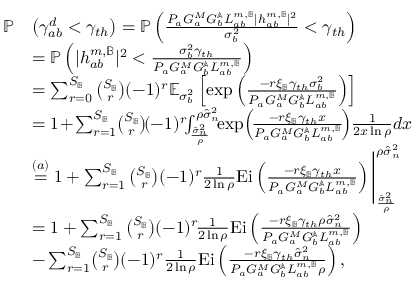
\begin{array} { r l } { \mathbb { P } } & { \left( \gamma _ { a b } ^ { d } < \gamma _ { t h } \right) = \mathbb { P } \left( \frac { P _ { a } G _ { a } ^ { M } G _ { b } ^ { \mathbb { A } } L _ { a b } ^ { m , \mathbb { B } } | { h } _ { a b } ^ { m , \mathbb { B } } | ^ { 2 } } { \sigma _ { b } ^ { 2 } } < \gamma _ { t h } \right) } \\ & { = \mathbb { P } \left( | { h } _ { a b } ^ { m , \mathbb { B } } | ^ { 2 } < \frac { \sigma _ { b } ^ { 2 } \gamma _ { t h } } { P _ { a } G _ { a } ^ { M } G _ { b } ^ { \mathbb { A } } L _ { a b } ^ { m , \mathbb { B } } } \right) } \\ & { = \sum _ { r = 0 } ^ { S _ { \mathbb { B } } } \binom { S _ { \mathbb { B } } } { r } ( - 1 ) ^ { r } \mathbb { E } _ { \sigma _ { b } ^ { 2 } } \left[ \exp \left( { \frac { - r \xi _ { \mathbb { B } } \gamma _ { t h } \sigma _ { b } ^ { 2 } } { P _ { a } G _ { a } ^ { M } G _ { b } ^ { \mathbb { A } } L _ { a b } ^ { m , \mathbb { B } } } } \right) \right] } \\ & { = 1 \! + \! \sum _ { r = 1 } ^ { S _ { \mathbb { B } } } \! \binom { S _ { \mathbb { B } } } { r } \! ( - 1 ) ^ { r } \! \! \int _ { \frac { \hat { \sigma } _ { n } ^ { 2 } } { \rho } } ^ { \rho \hat { \sigma } _ { n } ^ { 2 } } \! \! \exp \! \left( \! { \frac { - r \xi _ { \mathbb { B } } \gamma _ { t h } x } { P _ { a } G _ { a } ^ { M } G _ { b } ^ { \mathbb { A } } L _ { a b } ^ { m , \mathbb { B } } } } \! \right) \! \frac { 1 } { 2 x \ln { \rho } } d x } \\ & { \overset { ( a ) } { = } 1 + \sum _ { r = 1 } ^ { S _ { \mathbb { B } } } \binom { S _ { \mathbb { B } } } { r } ( - 1 ) ^ { r } \frac { 1 } { 2 \ln { \rho } } \mathrm { E i } \left( { \frac { - r \xi _ { \mathbb { B } } \gamma _ { t h } x } { P _ { a } G _ { a } ^ { M } G _ { b } ^ { \mathbb { A } } L _ { a b } ^ { m , \mathbb { B } } } } \right) \Bigg | _ { \frac { \hat { \sigma } _ { n } ^ { 2 } } { \rho } } ^ { \rho \hat { \sigma } _ { n } ^ { 2 } } } \\ & { = 1 + \sum _ { r = 1 } ^ { S _ { \mathbb { B } } } \binom { S _ { \mathbb { B } } } { r } ( - 1 ) ^ { r } \! \frac { 1 } { 2 \ln { \rho } } \mathrm { E i } \left( { \frac { - r \xi _ { \mathbb { B } } \gamma _ { t h } \rho \hat { \sigma } _ { n } ^ { 2 } } { P _ { a } G _ { a } ^ { M } G _ { b } ^ { \mathbb { A } } L _ { a b } ^ { m , \mathbb { B } } } } \right) } \\ & { - \sum _ { r = 1 } ^ { S _ { \mathbb { B } } } \! \binom { S _ { \mathbb { B } } } { r } ( - 1 ) ^ { r } \frac { 1 } { 2 \ln { \rho } } \mathrm { E i } \left( { \frac { - r \xi _ { \mathbb { B } } \gamma _ { t h } \hat { \sigma } _ { n } ^ { 2 } } { P _ { a } G _ { a } ^ { M } G _ { b } ^ { \mathbb { A } } L _ { a b } ^ { m , \mathbb { B } } \rho } } \right) , } \end{array}